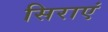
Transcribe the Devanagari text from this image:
सिराएं